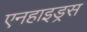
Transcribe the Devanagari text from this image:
एनहाइड्रस